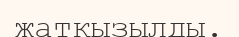
жатқызылды.